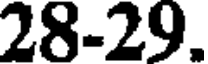
28-29.